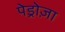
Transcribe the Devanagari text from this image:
पेड्रोज़ा